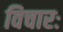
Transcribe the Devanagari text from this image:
विचारः